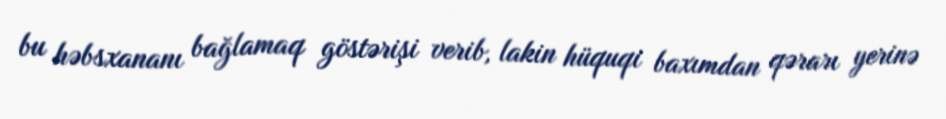
bu həbsxananı bağlamaq göstərişi verib, lakin hüquqi baxımdan qərarı yerinə